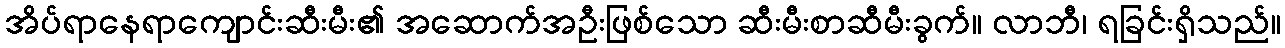
အိပ်ရာနေရာကျောင်းဆီးမီး၏ အဆောက်အဦးဖြစ်သော ဆီးမီးစာဆီမီးခွက်။ လာဘီ၊ ရခြင်းရှိသည်။